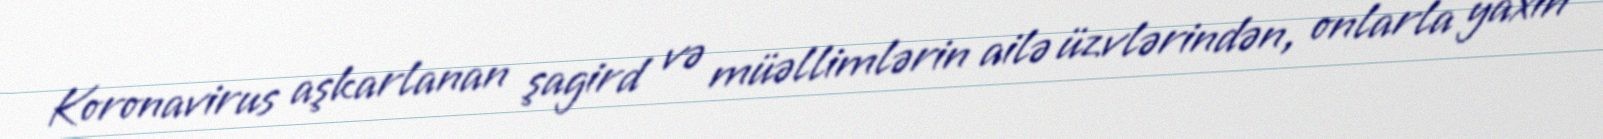
Koronavirus aşkarlanan şagird və müəllimlərin ailə üzvlərindən, onlarla yaxın